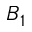
B _ { 1 }